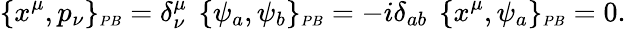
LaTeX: \{ x^{\mu},p_{\nu}\} _{\scriptscriptstyle{PB}}=\delta_{\nu}^{\mu}\, \ \{ \psi_{a},\psi_{b}\} _{\scriptscriptstyle{PB}}=-i\delta_{ab}\, \ \{ x^{\mu},\psi_{a}\} _{\scriptscriptstyle{PB}}=0.